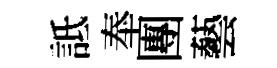
詆奉團藝